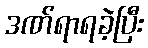
ဒဏ်ရာရခဲ့ပြီး